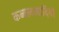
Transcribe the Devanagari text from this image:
कब्बलावादियों